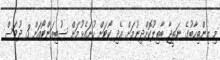
މި އިންތިހާބުގެ ނަތީޖާ ބާތިލުކޮށްދިނުމަށް އެދި ކޯޓަށް ހުށައެޅުމަށް ސުބިއަންޓޯއަށް 3 ދުވަސް